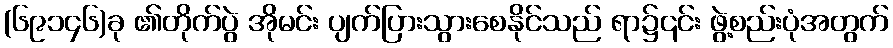
(၆၉၁၄၆)ခု ၏တိုက်ပွဲ အိုမင်း ပျက်ပြားသွားစေနိုင်သည် ရာ၌၎င်း ဖွဲ့စည်းပုံအတွက်